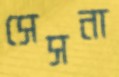
সেসনা